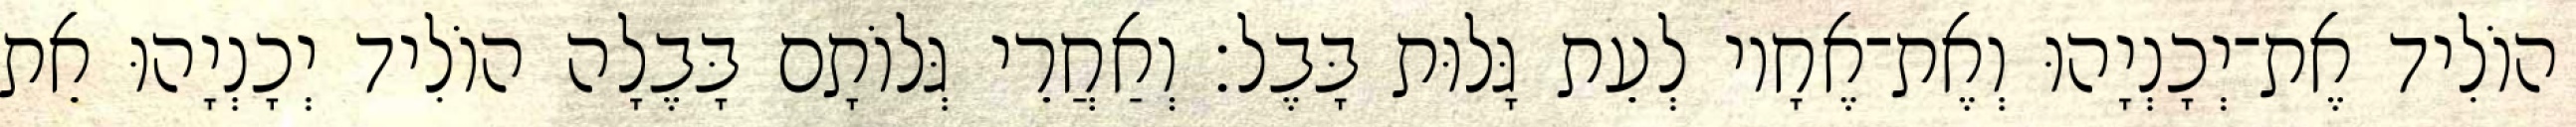
הוֹלִיד אֶת־יְכָנְיָהוּ וְאֶת־אֶחָיו לְעֵת גָּלוּת בָּבֶל׃ וְאַחֲרֵי גְּלוֹתָם בָּבֶלָה הוֹלִיד יְכָנְיָהוּ אֵת